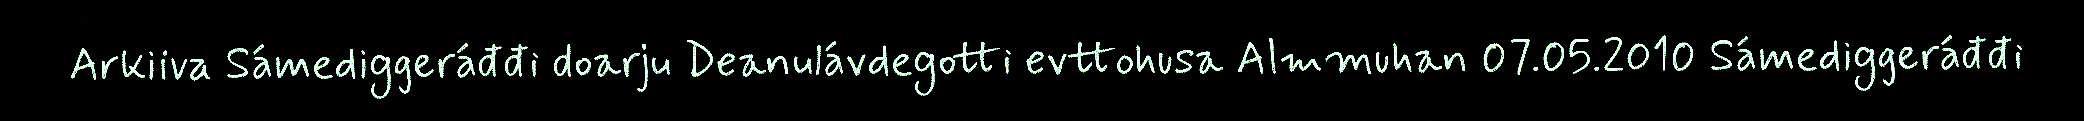
Arkiiva Sámediggeráđđi doarju Deanulávdegotti evttohusa Almmuhan 07.05.2010 Sámediggeráđđi